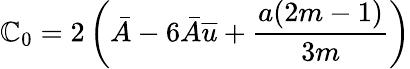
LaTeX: \mathbb{C}_{0}=2\left(\bar{{A}}-6\bar{{A}}\overline{{{u}}}+\frac{{a(2m-1)}}{{3m}}\right)